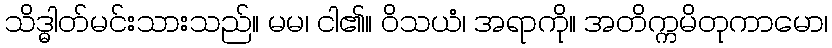
သိဒ္ဓါတ်မင်းသားသည်။ မမ၊ ငါ၏။ ဝိသယံ၊ အရာကို။ အတိက္ကမိတုကာမော၊